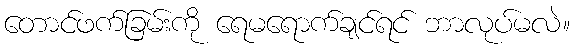
တောင်ဖက်ခြမ်းကို ရေမရောက်ချင်ရင် ဘာလုပ်မလဲ။